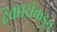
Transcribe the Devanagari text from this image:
देवधरांकडून